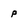
Character: p